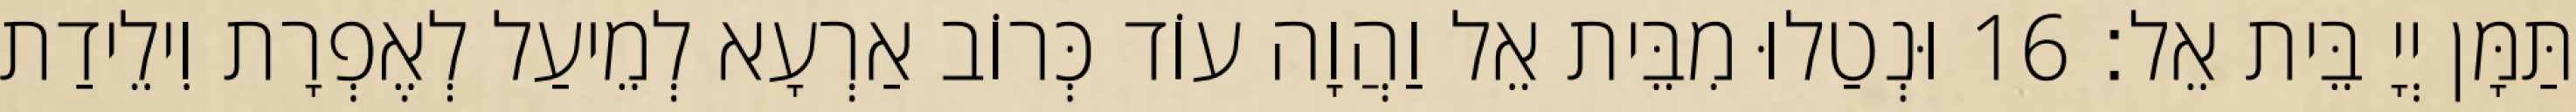
תַּמָּן יְיָ בֵּית אֵל׃ 16 וּנְטַלוּ מִבֵּית אֵל וַהֲוָה עוֹד כְּרוֹב אַרְעָא לְמֵיעַל לְאֶפְרָת וִילֵידַת